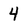
Character: 4